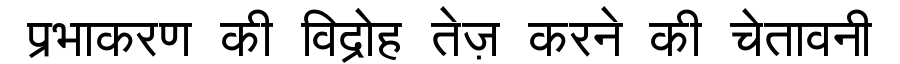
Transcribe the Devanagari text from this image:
प्रभाकरण की विद्रोह तेज़ करने की चेतावनी